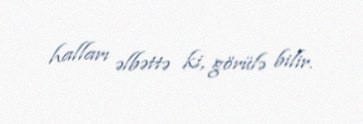
halları əlbəttə ki, görülə bilir.